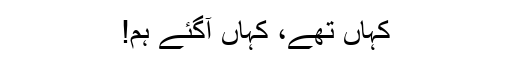
کہاں تھے، کہاں آگئے ہم!